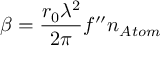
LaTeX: \beta = { \frac { r _ { 0 } \lambda ^ { 2 } } { 2 \pi } } f ^ { \prime \prime } n _ { A t o m }